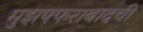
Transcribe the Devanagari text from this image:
मुझफ्फराबादची